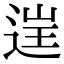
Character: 𨓏